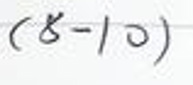
$(8 - 10)$